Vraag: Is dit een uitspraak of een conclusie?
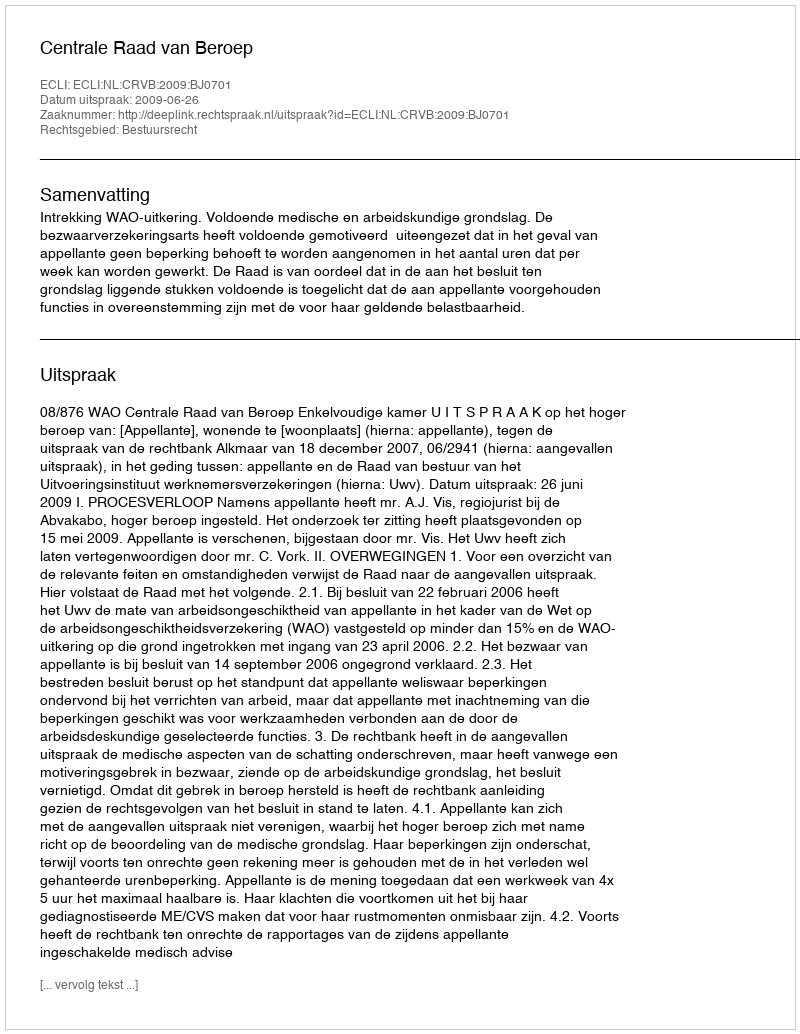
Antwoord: Uitspraak